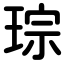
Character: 琮